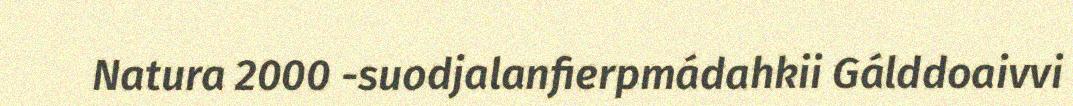
Natura 2000 -suodjalanfierpmádahkii Gálddoaivvi